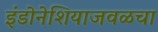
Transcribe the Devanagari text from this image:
इंडोनेशियाजवळचा